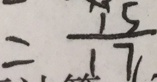
= \frac { 1 5 } { 1 7 }